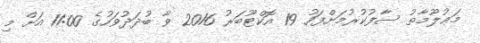
މަޢުލޫމާތު ސާފުކުރުމަށްފަހު 19 އޮކްޓޫބަރު 2016 ވާ ބުދަދުވަހުގެ 11:00 އަށް މި